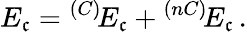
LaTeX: E_{\mathfrak{c}}={}^{(C)}\! E_{\mathfrak{c}}+{}^{(nC)}\! E_{\mathfrak{c}}\, .